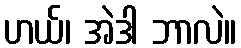
ဟယ်၊ အဲဒါ ဘာလဲ။